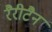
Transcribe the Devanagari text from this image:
रैरीटैन